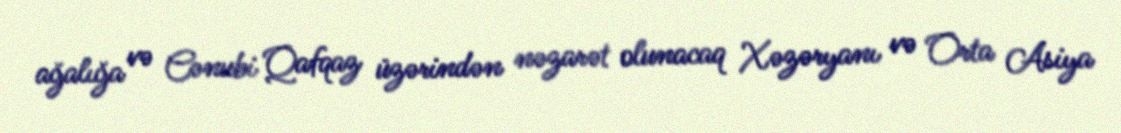
ağalığa və Cənubi Qafqaz üzərindən nəzarət olunacaq Xəzəryanı və Orta Asiya